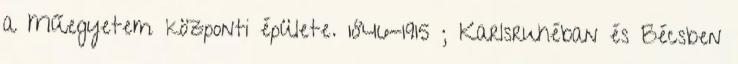
a Műegyetem központi épülete. 1846-1915 ; Karlsruhéban és Bécsben